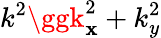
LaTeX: k^{2}\ggk_{\mathbf{x}}^{2}+k_{y}^{2}